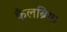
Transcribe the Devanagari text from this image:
कैलब्रिया